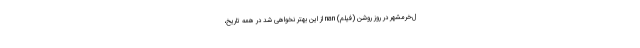
ل‌خرمشهر در روز روشن (فیلم) nan از این بهتر نخواهی شد در همهٔ تاریخ،